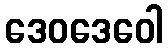
ဒေဝဒေဝေါ